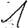
Digit: 1